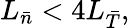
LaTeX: L_{\bar{n}}<4L_{\bar{T}},